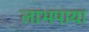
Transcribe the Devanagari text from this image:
लाभपाया